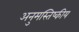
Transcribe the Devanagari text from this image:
अनुमस्तिष्‍कीय